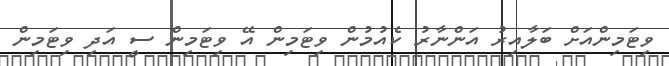
ވިޓަމިންއަށް ބަލާއިރު އަންނާރު ކެއުމުން ވިޓަމިން އޭ ވިޓަމިން ސީ އަދި ވިޓަމިން